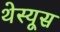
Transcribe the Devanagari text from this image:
थेस्यूस